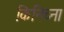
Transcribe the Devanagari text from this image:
किनिच्ना